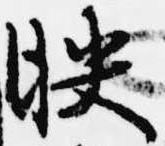
映